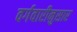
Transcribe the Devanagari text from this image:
वर्गवारीनुसार